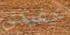
حفيدي